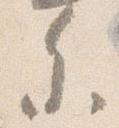
参